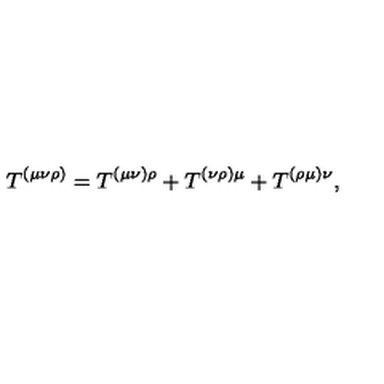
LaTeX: T ^ { ( \mu \nu \rho ) } = T ^ { ( \mu \nu ) \rho } + T ^ { ( \nu \rho ) \mu } + T ^ { ( \rho \mu ) \nu } ,